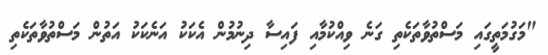
"މަގުމަތީގައި މަސްތުވާތަކެތި ގަނެ ވިއްކުމާއި ފައިސާ ދިނުމުން އެކަކު އަނެކަކު އަތުން މަސްތުވާތަކެތި